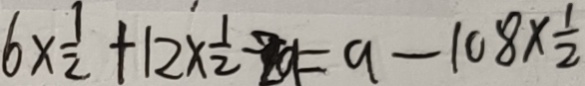
6 \times \frac { 1 } { 2 } + 1 2 \times \frac { 1 } { 2 } - 2 a = 9 - 1 0 8 \times \frac { 1 } { 2 }